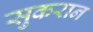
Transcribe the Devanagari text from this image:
सुकरान